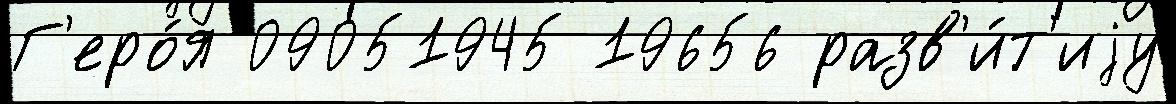
Г'еро́я 09051945 19656 разв'и́т'иjу